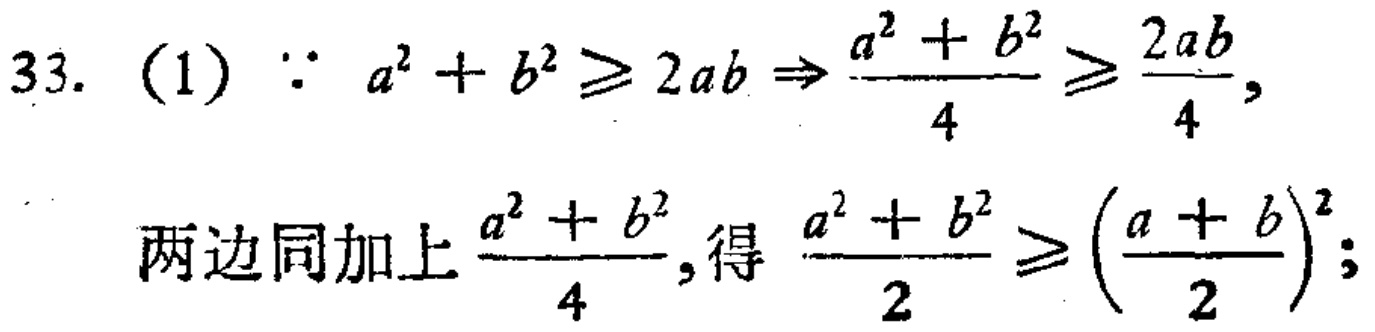
33. (1) $\because a^{2}+b^{2}\geqslant 2ab\Rightarrow\frac{a^{2}+b^{2}}{4}\geqslant\frac{2ab}{4},$
两边同加上$\frac{a^{2}+b^{2}}{4}$,得$\frac{a^{2}+b^{2}}{2}\geqslant(\frac{a + b}{2})^{2};$